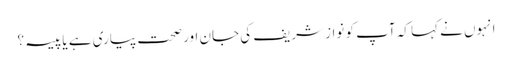
انہوں نے کہا کہ آپ کو نواز شریف کی جان اور صحت پیاری ہے یا پیسہ؟